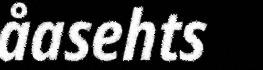
åasehts